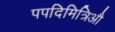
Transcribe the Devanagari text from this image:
पपदिमित्रिऔ